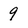
Character: 9